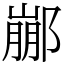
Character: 䣙